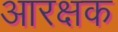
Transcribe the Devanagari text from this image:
आरक्षक